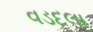
વડદલા